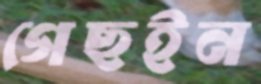
গেছইন